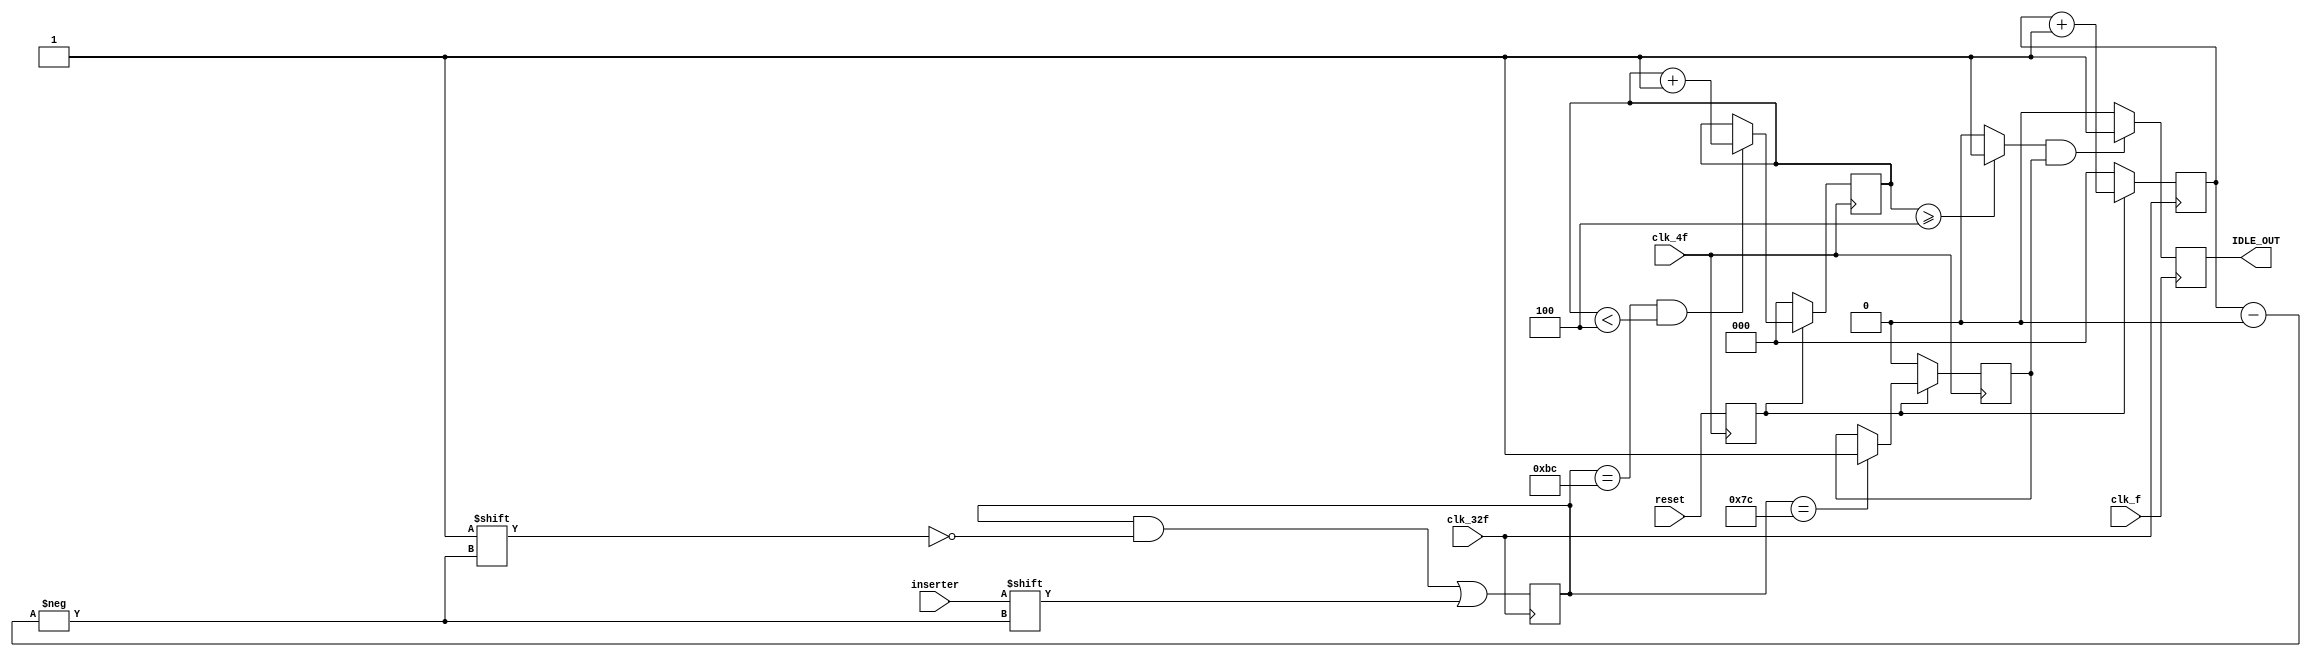
module serial_paralelo2( output reg IDLE_OUT,
			 input wire clk_f, clk_4f, clk_32f,
			 input wire reset, inserter );

   // usar una palabra diferente a active ya que se uso como una salida en otro modulo, debo revisar si eso mismo ha pasado antes.
   // recibe inserter y lo transforna en un paralelo para compararlo
   // con hb o 7c tiene un BC_counter tambien para detectar 4
   // tiene un reg idle_in que se hace 1 si detecta un 7c
   // el idle temporal ya no sera necesario a partir de aqui asi que se deben retirar del testbench o donde carajos aparezca.
   reg 				    reset_s, IDLE_OUT_N;
   reg 				    BC_counter4, idle_in;
   reg [2:0] 			    counter, BC_counter;
   reg [7:0] 			    container;
   
   
   always @( posedge clk_4f ) begin
      reset_s <= reset;
   end

   always @( posedge clk_32f ) begin
      if( reset_s ) begin
	 counter <= counter + 3'b001;
      end
      else begin
	 counter <= 3'b000;
      end
   end

   always @( negedge clk_32f ) begin
      container[counter] <= inserter;
   end

   // COMPORTAMIENTO DEL BC_counter
   always @( posedge clk_4f ) begin
      if( !reset_s ) begin
	 BC_counter <= 3'b000;
      end
      else begin
	 if( container == 8'hbc && BC_counter < 3'b100 ) begin
	    BC_counter <= BC_counter + 3'b001;
	 end
	 else begin
	    BC_counter <= BC_counter;
	 end
      end // else: !if( !reset_s )
   end // always @ ( posedge clk_4f )

   // LOGICA DE idle_in 
   always @( posedge clk_4f ) begin
      if( !reset_s ) begin
	 idle_in <= 1'b0;
      end
      else begin
	 if( container == 8'h7c ) begin
	    idle_in <= 1'b1;
	 end
	 else begin
	    idle_in <= idle_in;
	 end
      end // else: !if( !reset_s )
   end // always @ ( posedge clk_4f )
   
   // LOGICA DEL BC_counter4
   always @( * ) begin
      if( BC_counter >= 3'b100 ) begin
	 BC_counter4 = 1'b1;
      end
      else begin
	 BC_counter4 = 1'b0;
      end
   end
  
   // LOGICA DE IDLE_OUT
   
   always @( * ) begin
      if( BC_counter4 & idle_in ) begin
	 IDLE_OUT_N = 1'b1;
      end
      else begin
	 IDLE_OUT_N = 1'b0;
      end
   end

   always @( posedge clk_f ) begin
      IDLE_OUT <= IDLE_OUT_N;
   end
   
   
endmodule // serial_paralelo2